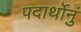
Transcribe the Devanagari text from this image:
पदार्थोनुं